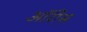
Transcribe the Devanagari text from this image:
ऑरीस